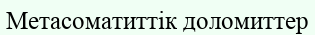
Метасоматиттік доломиттер